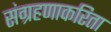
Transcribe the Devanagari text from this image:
संग्रहणाकरिता